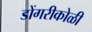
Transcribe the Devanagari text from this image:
डोंगरीकोळी